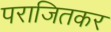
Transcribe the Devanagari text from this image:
पराजितकर